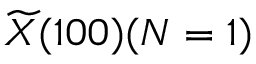
\widetilde { X } ( 1 0 0 ) ( N = 1 )